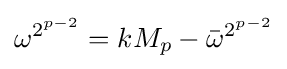
\omega ^{2^{p-2}}=kM_{p}-{\bar {\omega }}^{2^{p-2}}